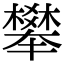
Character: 𣝴